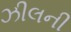
ઝીલની